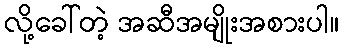
လို့ခေါ်တဲ့ အဆီအမျိုးအစားပါ။